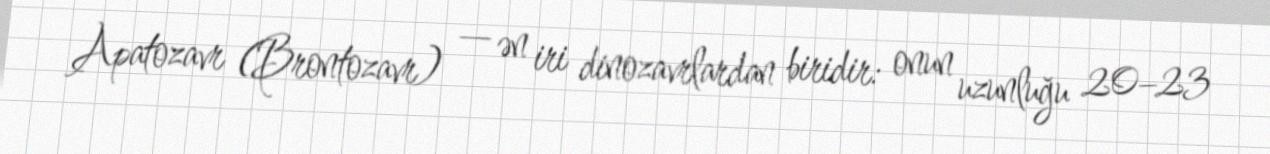
Apatozavr (Brontozavr) — ən iri dinozavrlardan biridir: onun uzunluğu 20–23